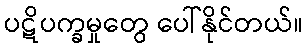
ပဋိပက္ခမှုတွေ ပေါ်နိုင်တယ်။